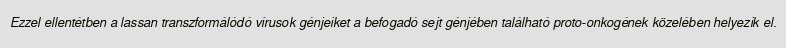
Ezzel ellentétben a lassan transzformálódó vírusok génjeiket a befogadó sejt génjében található proto-onkogének közelében helyezik el.